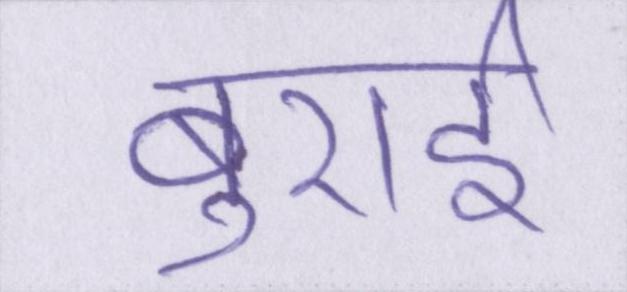
बुराई